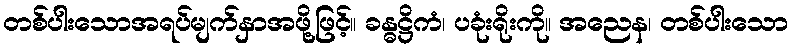
တစ်ပါးသောအရပ်မျက်နှာအဖို့ဖြင့်။ ခန္ဓဋ္ဌိကံ၊ ပခုံးရိုးကို။ အညေန၊ တစ်ပါးသော